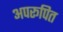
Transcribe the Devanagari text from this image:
अपरूपित